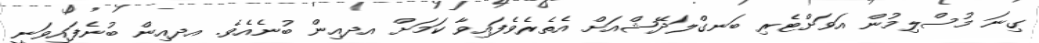
ގިނަ މުސްލިމުން އަވަށްޓެރި ބަނގްލަދޭޝްއަށް އެތެރެވެފައިވާ ކަމަށް އދއިން ބުނެއެވެ. އދއިން ބުނެފައިވަނީ